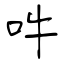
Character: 吽